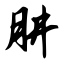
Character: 肼